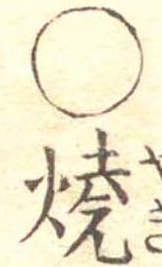
○焼